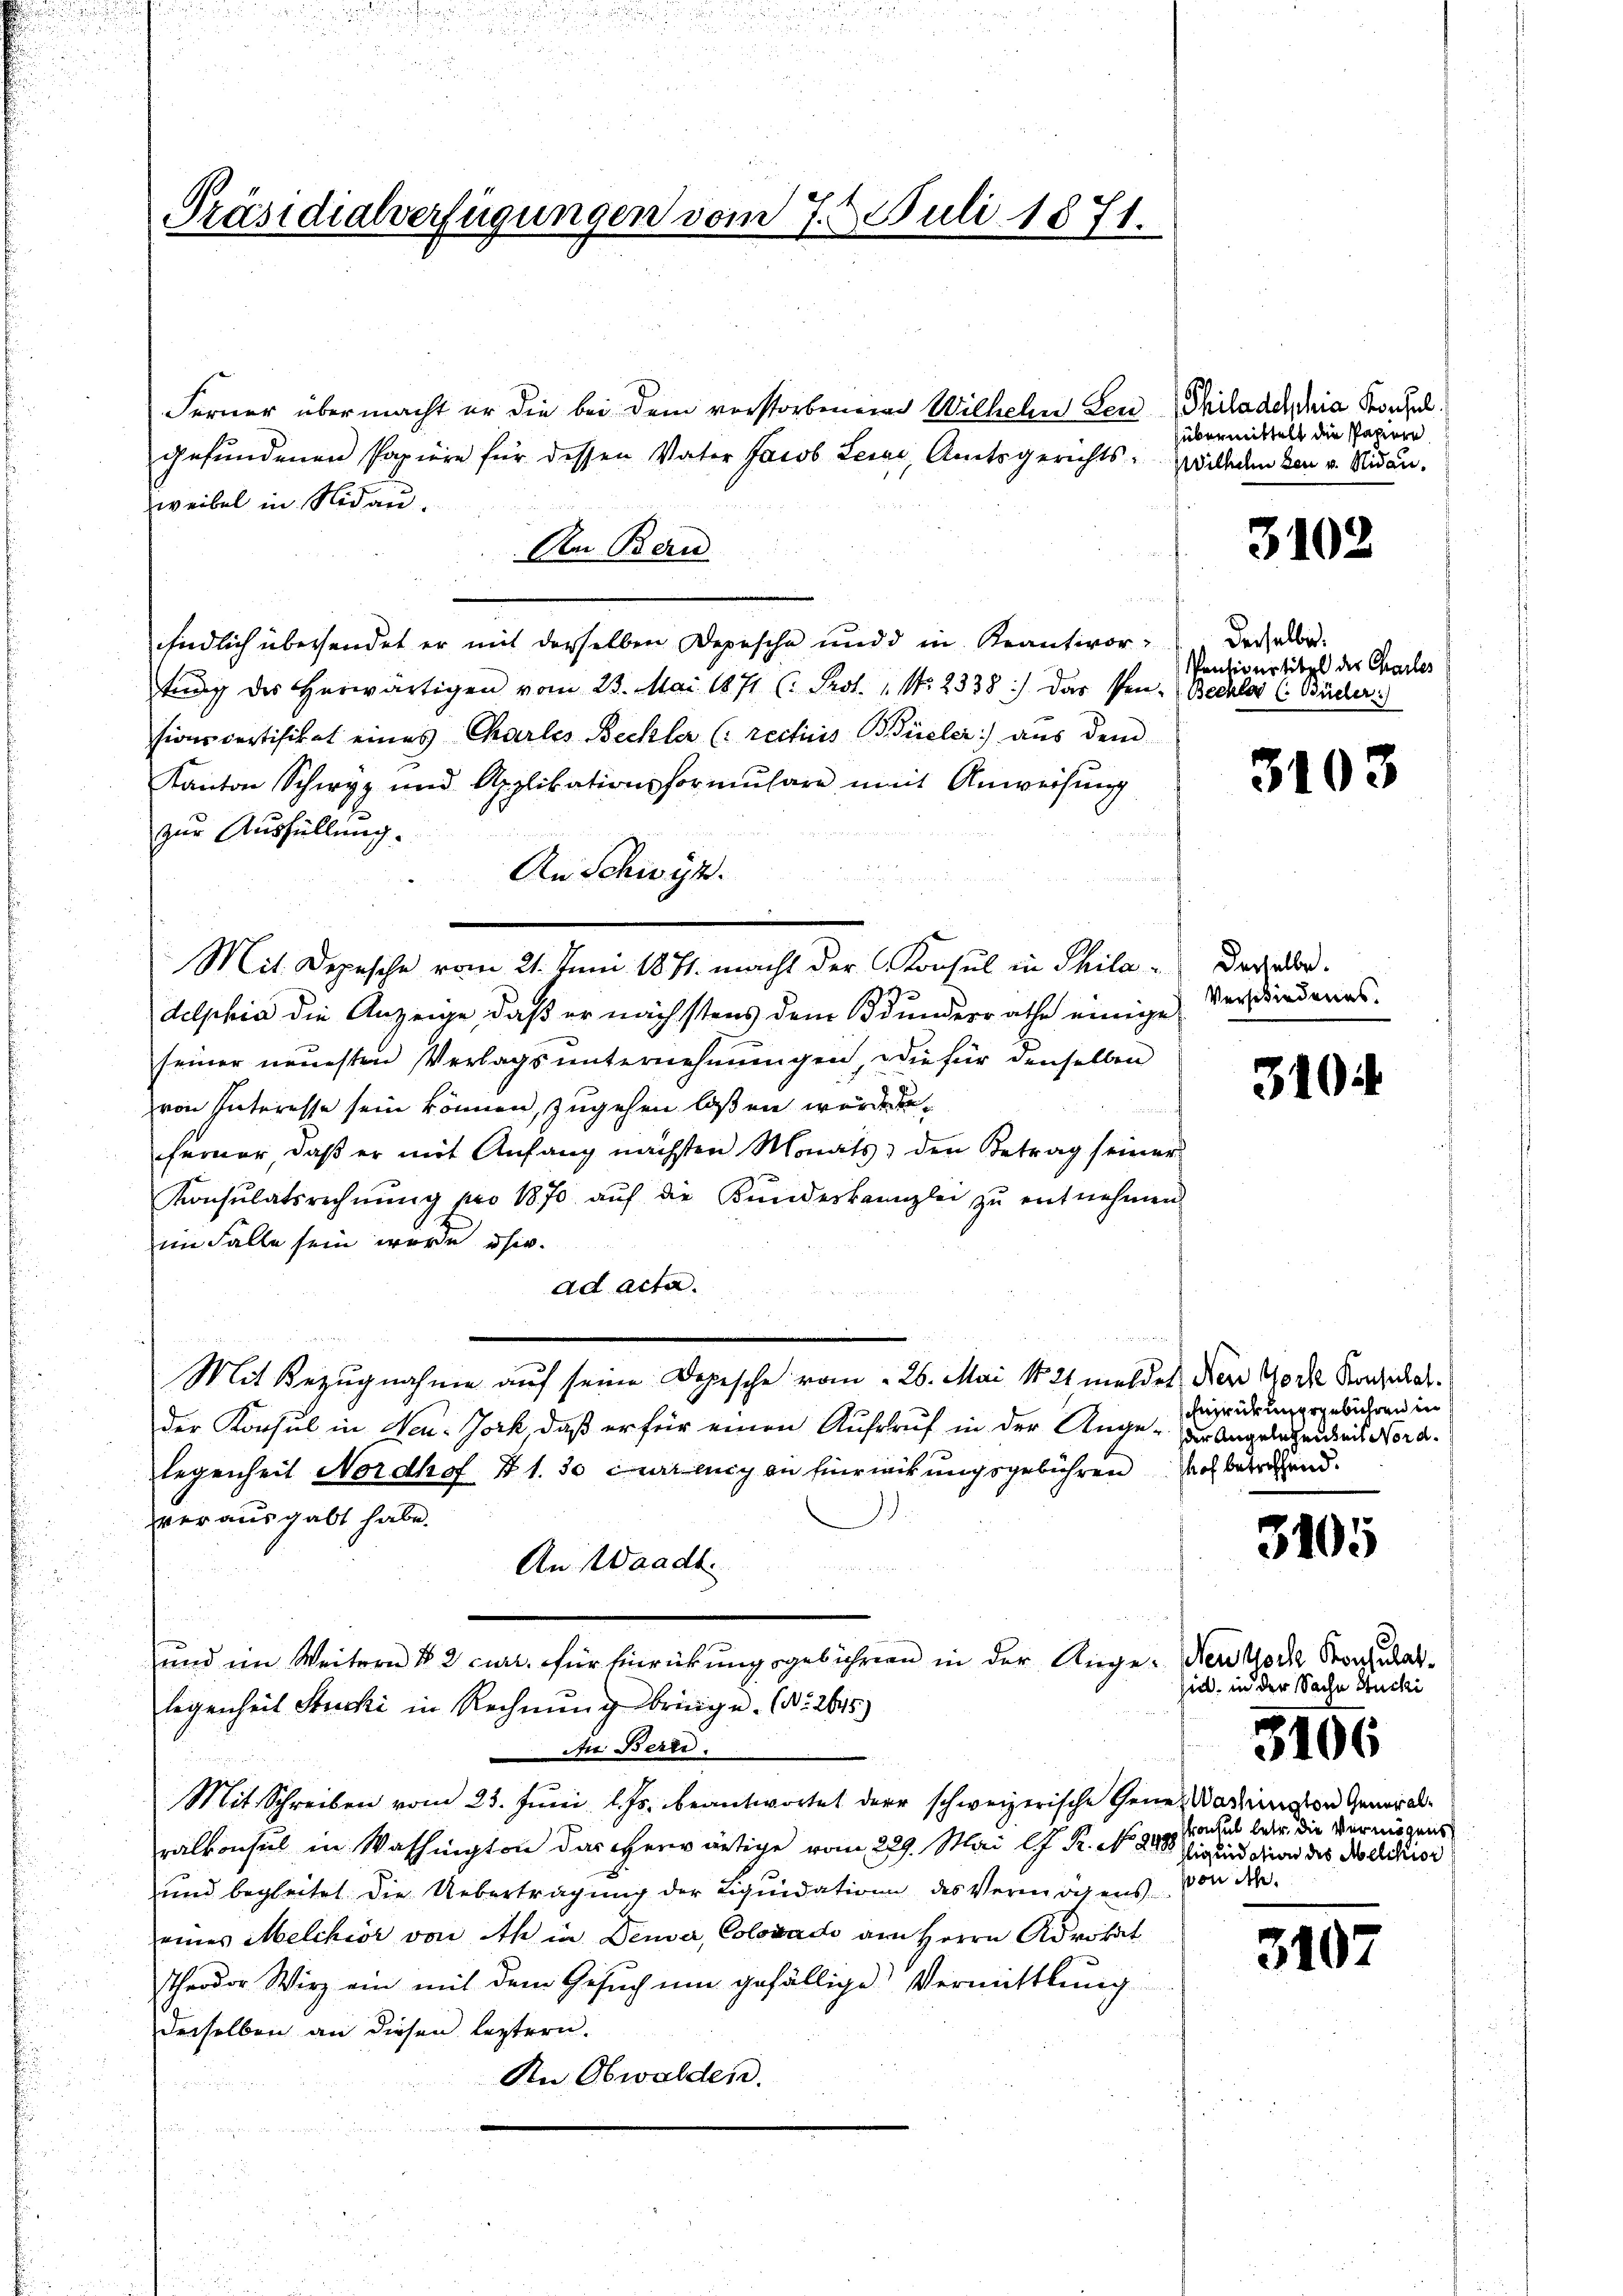
Präsidialverfügungen vom 7. J. Juli 1871.

Ferner übermacht er die bei dem vorstorbenen Wilhelm Leugefundenen Papiere für dessen Vater Jacob Leine, Amtsgerichts-
weibel in Nidau.
Am Beru
Endlich übersendet er mit derselben Depesche und d in Reantwor- derselbe.
tung des Herwärtigen vom 23. Mai 1871 (: Prot. " N. 2338) Das Pen- Beckler (Bücher)
sions certifikat eines Charles Beckler (recticis Büeler aus dem
Kanton Schwyz und Applikationsformŭlare mit Anweisung
zur Ausfüllung.
An Schwyz.
Mit Depesche vom 21. Juni 1871 macht der Konsul in Phila - Derselbe
delphia die Anzeige, daß er nächstens dem Bunderrathe einige
seiner neuesten Verlagsunternehmungen, die für denselben
von Interesse sein können, zugehen lassen würde,
ferner, daβ er mit Anfang nächsten Monats den Betrag seiner
Konsulatsrechnŭng pro 1870 aŭf die Kŭndeskanzlei zŭ entnehmen
im Falle sein wurde dhr.
ad acta.
Mit Bezugnahme auf seine Depesche vom 26. Mai 1821 meldet, der Woche Konzialder Konsul in Neu-Jork, daß er für einen Aufruf in der Ange- der Angelehendes Nordlegenheit Nordhof 71. 30 curang an firmirungsgebühren doch betreffend.
ver ausgabt habe.
An Waadt.
und im Weitern § 2 curr. für Einrückungsgebührern in der Auge. Den Woche Stoniallegenheit Stucki in Rechnŭng bringe. (No. 2675)
 die Bered
Mit Schreiben vom 23. Juni l. Js. beantwortet der schweizerische Generkadingten General-
ralkonsul in Washington das herwärtige vom 229. Mai l. J. R. No. 218. Sigridation des Melchior
und begleitet die Uebertragung der Liquidation des Vermögens
eines Melchior von Ah in Deuser, Colovado am Herrn Advokat
Theodor Wirz ein mit dem Gesuch um gefällige Vermittlung
derselben an diesen leztern.
An Obwalden.
¬

Philadelphia Konsul
übermittelt die Papiere
Wilhelm den v. Nidau.

3102

Pensionstitel der Charles

3103

Verschiedenes.
.

3104

hnzrückungsgebühren in

3105

sind, in der Sache Stucki

Procul betr. die Vermögens
von Ah.

3106

3107